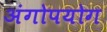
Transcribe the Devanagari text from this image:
अंगोपयोग